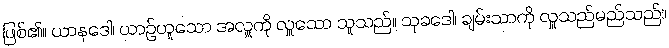
ဖြစ်၏။ ယာနဒေါ၊ ယာဉ်ဟူသော အလှူကို လှူသော သူသည်။ သုခဒေါ၊ ချမ်းသာကို လှူသည်မည်သည်။